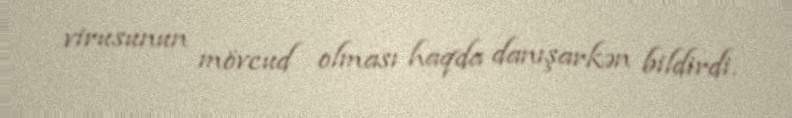
virusunun mövcud olması haqda danışarkən bildirdi.